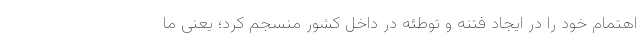
اهتمام خود را در ایجاد فتنه و توطئه در داخل کشور منسجم کرد؛ یعنی ما